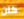
كان